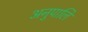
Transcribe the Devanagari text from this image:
अनुपालि